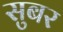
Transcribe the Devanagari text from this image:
सुबर